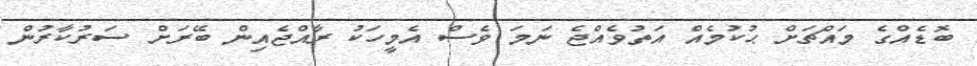
ބޮޑެއްގެ މައްޗަށް ޙުކުމެއް އަތުވެއްޖެ ނަމަ ވެސް އެމީހަކު ރާއްޖެއިން ބޭރަށް ސަރުކާރުން